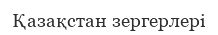
Қазақстан зергерлері